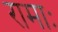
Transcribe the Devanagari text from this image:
रामाः